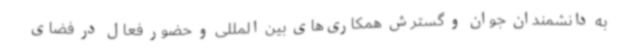
به دانشمندان جوان و گسترش همکاری‌های بین المللی و حضور فعال در فضای